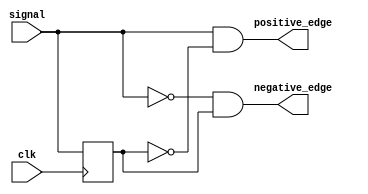
`timescale 1 ns / 100 ps
module edge_detector(
    input clk,
    input signal,
    output negative_edge,
    output positive_edge);
    

    reg signal_delay;


    always @(posedge clk ) 
    begin
        signal_delay <= signal;
    end

    assign negative_edge = ~signal & signal_delay;
    assign positive_edge = signal & ~signal_delay;


endmodule